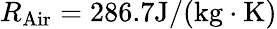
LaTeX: R_{\mathrm{{Air}}}=286.7\mathrm{{J/(kg\cdot K)}}